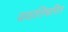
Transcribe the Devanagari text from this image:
ययातिचरित